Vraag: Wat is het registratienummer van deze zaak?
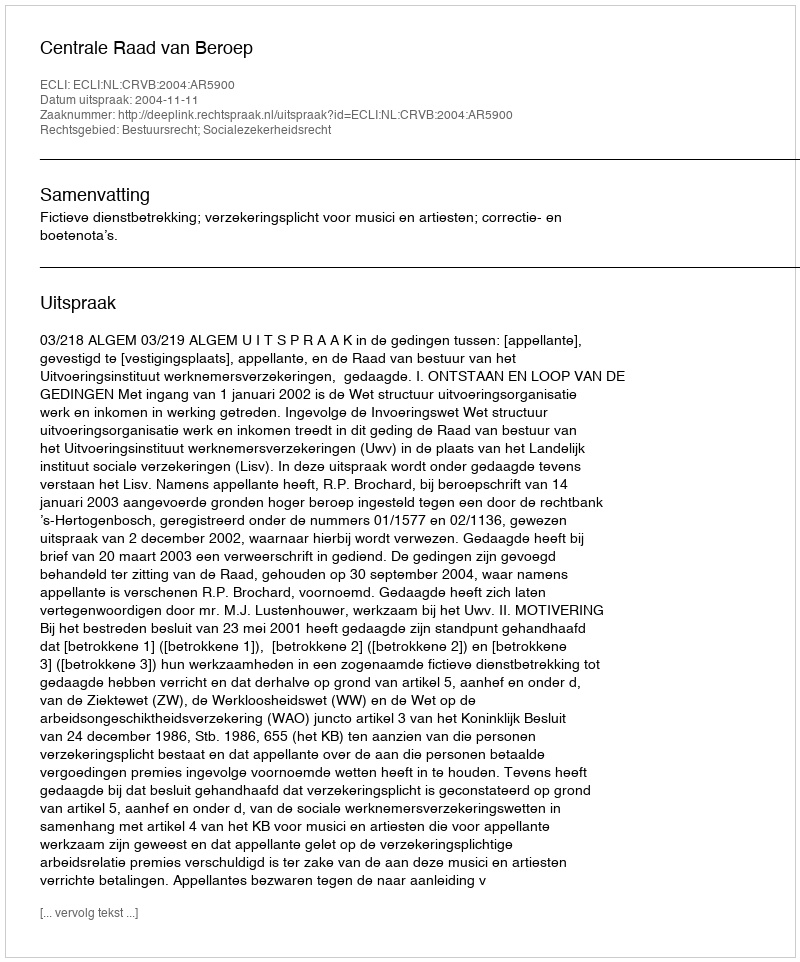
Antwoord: http://deeplink.rechtspraak.nl/uitspraak?id=ECLI:NL:CRVB:2004:AR5900